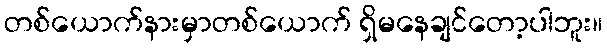
တစ်ယောက်နားမှာတစ်ယောက် ရှိမနေချင်တော့ပါဘူး။